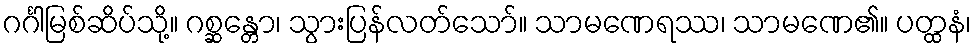
ဂင်္ဂါမြစ်ဆိပ်သို့။ ဂစ္ဆန္တော၊ သွားပြန်လတ်သော်။ သာမဏေရဿ၊ သာမဏေ၏။ ပတ္ထနံ၊